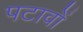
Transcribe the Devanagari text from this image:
पटावों